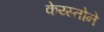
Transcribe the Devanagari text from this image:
केय्स्तोने